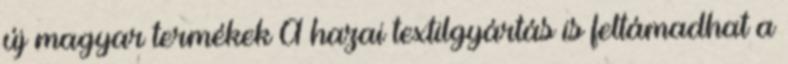
új magyar termékek A hazai textilgyártás is feltámadhat a